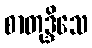
စာတုဒ္ဒိသေ